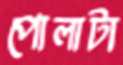
পোলাটা